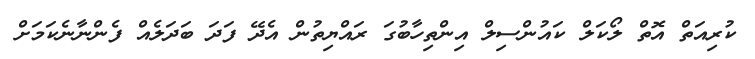
ކުރިއަތް އޮތް ލޯކަލް ކައުންސިލް އިންތިހާބުގަ ރައްޔިތުން އެދޭ ފަދަ ބަދަލެއް ފެންނާނެކަމަށް